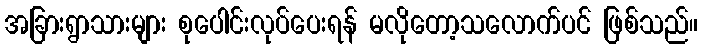
အခြားရွာသားများ စုပေါင်းလုပ်ပေးရန် မလိုတော့သလောက်ပင် ဖြစ်သည်။